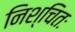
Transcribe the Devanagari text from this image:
निश्चितः